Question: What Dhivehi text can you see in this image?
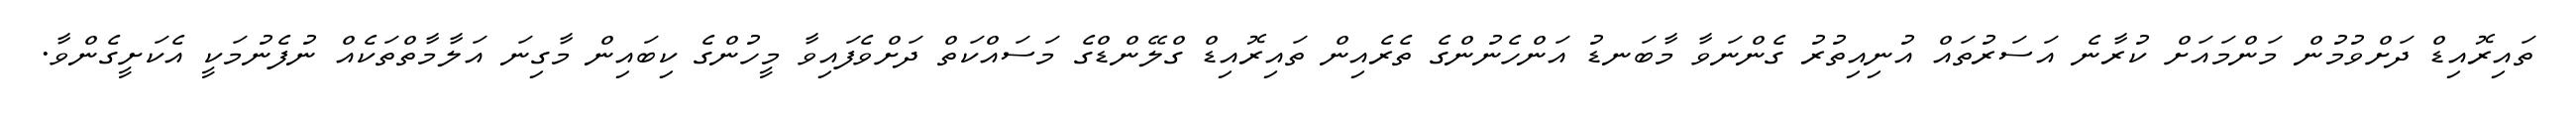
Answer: ތައިރޮއިޑް ދަށްވުމުން މަންމައަށް ކުރާނެ އަސަރުތައް އުނިއިތުރު ގެންނަވާ މާބަނޑު އަންހެނުންގެ ތެރެއިން ތައިރޮއިޑް ގްލޭންޑްގެ މަސައްކަތް ދަށްވެފައިވާ މީހުންގެ ކިބައިން މާގިނަ އަލާމާތްތަކެއް ނުފެނުމަކީ އެކަށީގެންވާ.